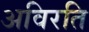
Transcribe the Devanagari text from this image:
अविरति